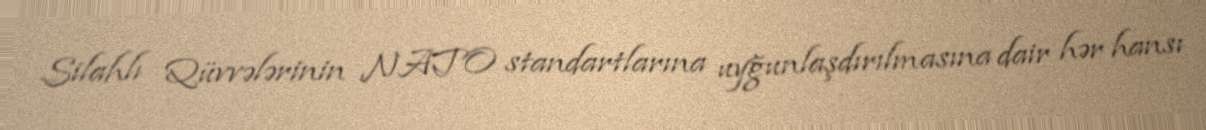
Silahlı Qüvvələrinin NATO standartlarına uyğunlaşdırılmasına dair hər hansı